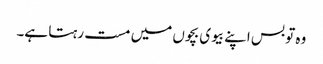
وہ تو بس اپنے بیوی بچوں میں مست رہتا ہے۔